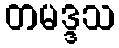
တမဒ္ဒသ